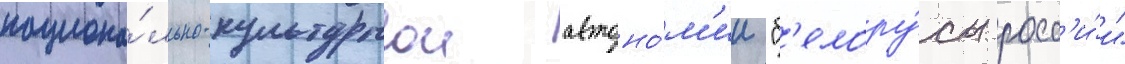
национа́льно-культурнои автоно́м'ии "б'елору́сы росс'и́и"